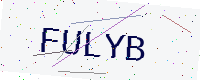
Text: FULYB